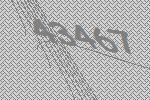
43467